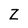
Character: Z